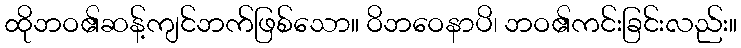
ထိုဘဝ၏ဆန့်ကျင်ဘက်ဖြစ်သော။ ဝိဘဝေနာပိ၊ ဘဝ၏ကင်းခြင်းလည်း။